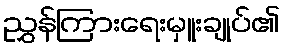
ညွှန်ကြားရေးမှူးချုပ်၏